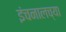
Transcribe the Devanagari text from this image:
इंचनालच्या